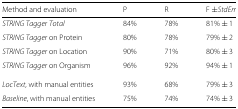
<table><thead><tr><td><b>Method and evaluation</b></td><td><b>P</b></td><td><b>R</b></td><td><b>F ±<i>S</i><i>t</i><i>d</i><i>E</i><i>r</i><i>r</i></b></td></tr></thead><tbody><tr><td><i>STRING Tagger</i><i>Total</i></td><td>84%</td><td>78%</td><td>81% ± 1</td></tr><tr><td><i>STRING Tagger</i> on Protein</td><td>80%</td><td>78%</td><td>79% ± 2</td></tr><tr><td><i>STRING Tagger</i> on Location</td><td>90%</td><td>71%</td><td>80% ± 3</td></tr><tr><td><i>STRING Tagger</i> on Organism</td><td>96%</td><td>92%</td><td>94% ± 1</td></tr><tr><td><i>LocText</i>, with manual entities</td><td>93%</td><td>68%</td><td>79% ± 3</td></tr><tr><td><i>Baseline</i>, with manual entities</td><td>75%</td><td>74%</td><td>74% ± 3</td></tr></tbody></table>